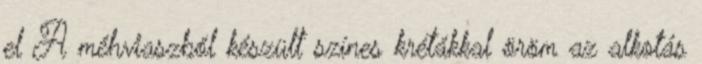
el A méhviaszból készült színes krétákkal öröm az alkotás